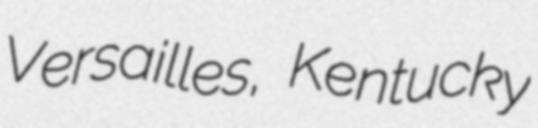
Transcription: Versailles, Kentucky